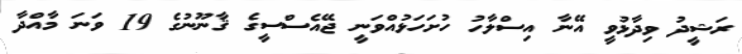
ރަޝީދު ވިދާޅުވީ އޭނާ އިސްލާހު ހުށަހަޅުއްވަނީ ޖޭއެސްސީގެ ޤާނޫނުގެ 19 ވަނަ މާއްދާ